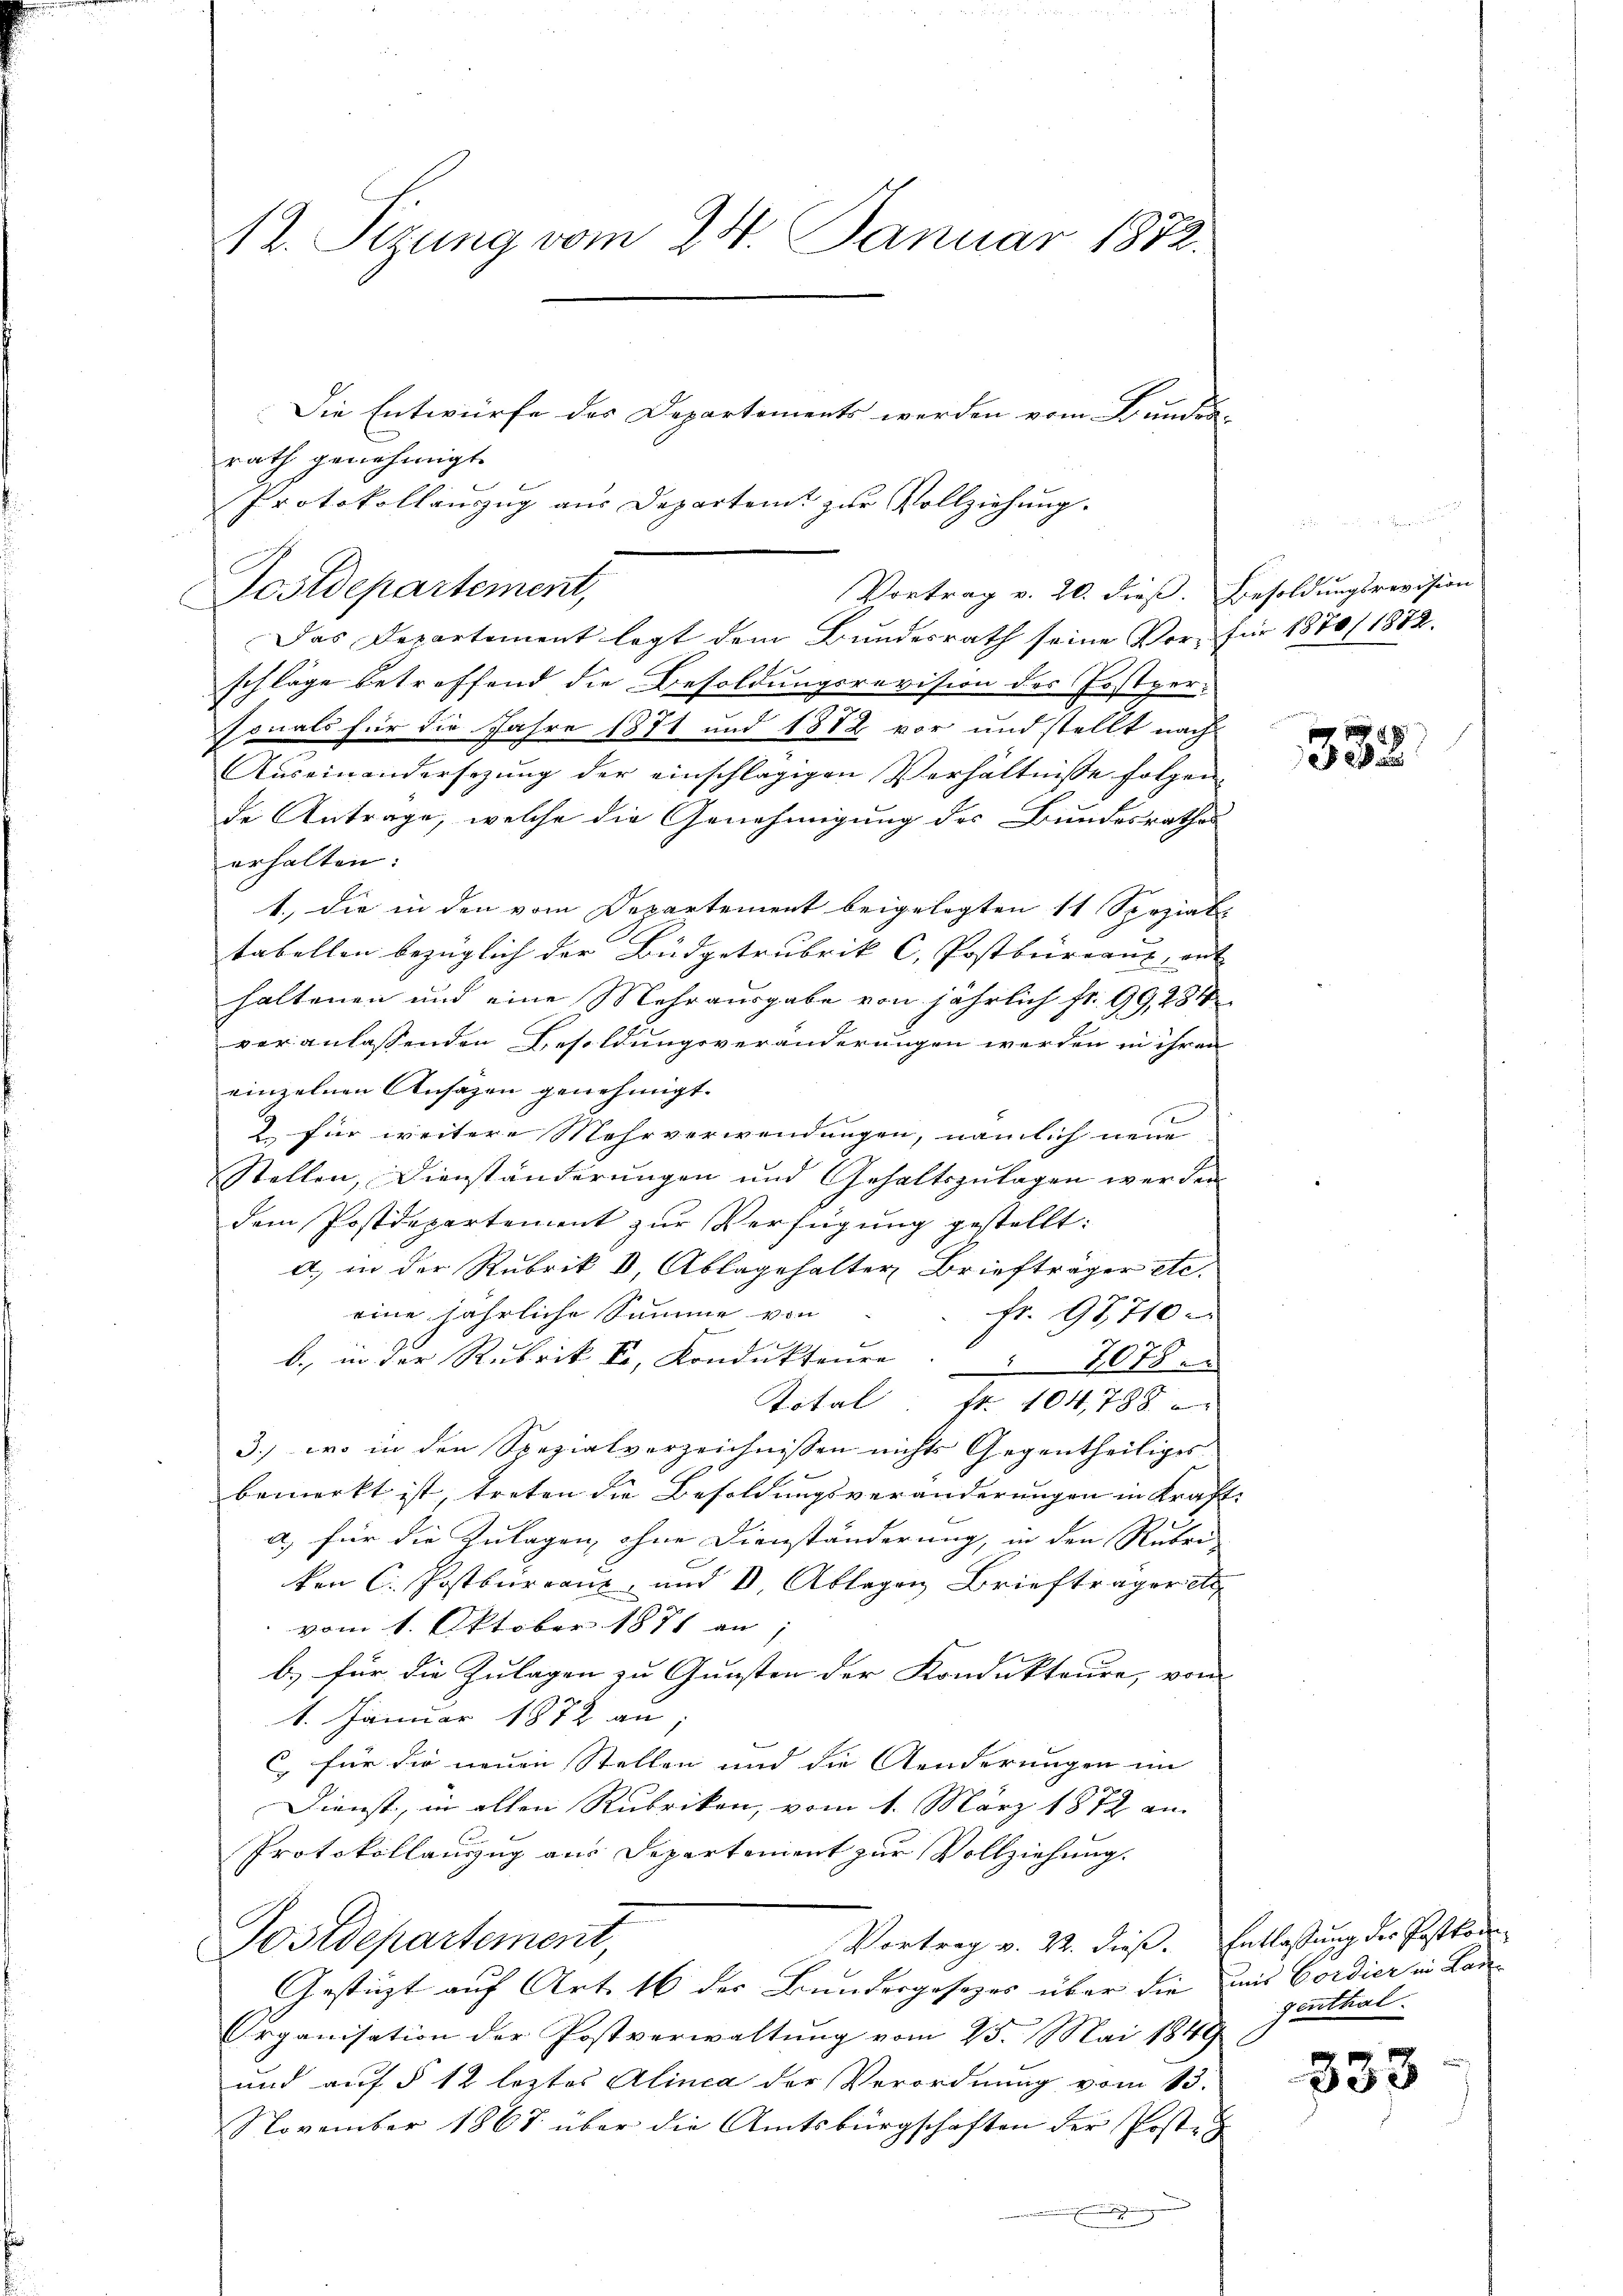
Die Entwürfe des Departements werden vom Bunden
rath genehmigt.
Protokollauszug aus Departent zur Vollziehung.
Das Departement legt dem Bundesrath seine Vorschläge betreffend die Besoldungsrevision des Postpersonals für die Jahre 1871 und 1872 vor und stellt nach
Auseinandersezung der einschlägigen Verhältnisse folgen
de Antrage, welche die Genehmigung des Bundesrathe
erhalten:
1., die in den vom Departement beigelegten 11 Spezial
tabellen bezüglich der Büdgetrubrik C. Postburienz, an- |
haltenen und eine Mehrausgabe von jährlich fr. 99, 284
veranlassenden Besoldungsveränderungen werden in ihren
einzelnen Ansagen genehmigt.
2 für weitere Mehrverwendungen, nämlich neue
Stellen, Dienständerungen und Gehaltszulagen werden
dem Postdepartement zur Verfügung gestellt:
a) in der Rubrik 8, Ablagehalter Briefträger etc.
eine jährliche Summe von
fr. 98,710
b. in der Rubrik Er, Kondukteure            1078
Total fr. 104,788
3.) wo in den Spezialverzeichnissen nichts Gegentheiliges
bemerkt ist, treten die Besoldungsveränderungen in Kraa) für die Zulagen, ohne Dienständerung, in den Rubri
von C. Postkuranz und 1. Ablegen Brieftrageret
vom 1. Oktober 1871 an,
b.) für die Zulagen zu Gunsten der Kondukteure, von
1. Januar 1872 an;
C. für die neuen Stellen und die Aenderungen im
Dienst, in allen Rubriken, vom 1. März 1872 an
Protokollauszug aus Departement zur Vollziehung.
Postdepartement
Vortrag v. 22. dieß.
Gestüzt auf Art. 16 des Bundesgesezes über die
Organisation der Postverwaltŭng vom 25. Mai 1849
und auf § 12 leztes Alinea der Verordnung vom 13.
November 1867 über die Amtsbürgschaften der Poste¬
.

12. Sizung vom 24. Januar 1872.

Postdepartement,

Vortrag v. 20. dieß. Besoldungsrevision

für 1870/ 1872.

.
.

332.

Entlaßung der Postkommit Cordier in Lan
genthal.

333